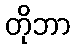
တိုဘာ